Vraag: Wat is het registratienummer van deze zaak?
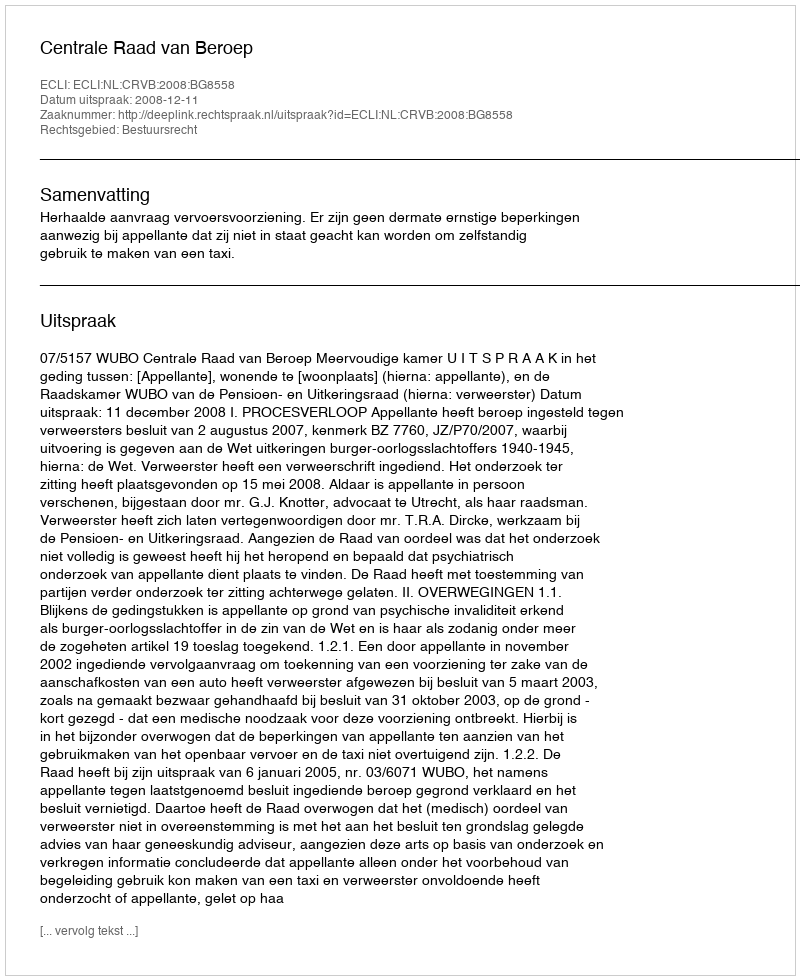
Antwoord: http://deeplink.rechtspraak.nl/uitspraak?id=ECLI:NL:CRVB:2008:BG8558